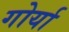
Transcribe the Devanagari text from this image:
गोर्या